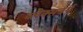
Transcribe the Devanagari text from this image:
ब्लैक्सबर्ग